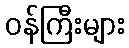
ဝန်ကြီးများ